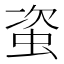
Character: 𧊒